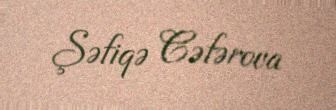
Şəfiqə Cəfərova